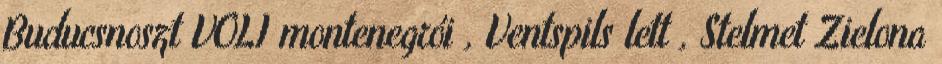
Buducsnoszt VOLI montenegrói , Ventspils lett , Stelmet Zielona